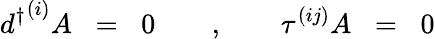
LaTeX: {d^{\dagger}}^{(i)}A\; \; =\; \; 0\quad\quad,\quad\quad\tau^{(ij)}A\; \; =\; \; 0